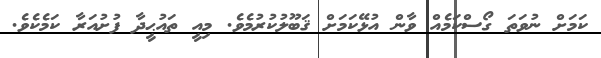
ކަމަށް ނުވަތަ ގޯސްކަމެއް ވާން އުޅޭކަމަށް ޤަބޫލުކުރުމެވެ. މިއީ ތައުޙީދާ ފުށުއަރާ ކަމެކެވެ.